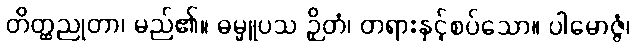
တိတ္ထညုတာ၊ မည်၏။ ဓမ္မူပသ ဉှိတံ၊ တရားနှင့်စပ်သော။ ပါမောဇ္ဇံ၊